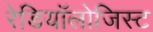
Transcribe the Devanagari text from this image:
रेडियॉलोजिस्ट